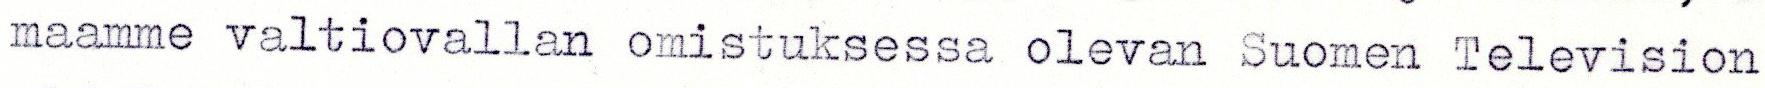
maamme valtiovallan omistuksessa olevan Suomen Television